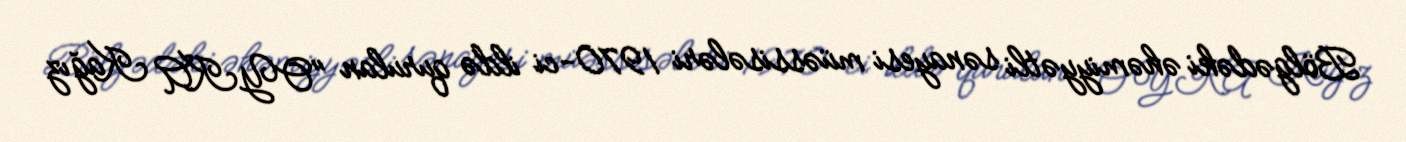
Bölgədəki əhəmiyyətli sənayesi müəssisələri 1970-ci ildə qurulan "OYKA Kağız